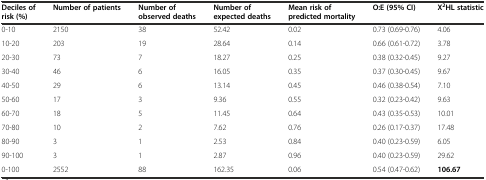
| Deciles of risk (%) | Number of patients | Number of observed deaths | Number of expected deaths | Mean risk of predicted mortality | O:E (95% CI) | X2HL statistic |
 | --- | --- | --- | --- | --- | --- | --- |
 | 0-10 | 2150 | 38 | 52.42 | 0.02 | 0.73 (0.69-0.76) | 4.06 |
 | 10-20 | 203 | 19 | 28.64 | 0.14 | 0.66 (0.61-0.72) | 3.78 |
 | 20-30 | 73 | 7 | 18.27 | 0.25 | 0.38 (0.32-0.45) | 9.27 |
 | 30-40 | 46 | 6 | 16.05 | 0.35 | 0.37 (0.30-0.45) | 9.67 |
 | 40-50 | 29 | 6 | 13.14 | 0.45 | 0.46 (0.38-0.54) | 7.10 |
 | 50-60 | 17 | 3 | 9.36 | 0.55 | 0.32 (0.23-0.42) | 9.63 |
 | 60-70 | 18 | 5 | 11.45 | 0.64 | 0.43 (0.35-0.53) | 10.01 |
 | 70-80 | 10 | 2 | 7.62 | 0.76 | 0.26 (0.17-0.37) | 17.48 |
 | 80-90 | 3 | 1 | 2.53 | 0.84 | 0.40 (0.23-0.59) | 6.05 |
 | 90-100 | 3 | 1 | 2.87 | 0.96 | 0.40 (0.23-0.59) | 29.62 |
 | 0-100 | 2552 | 88 | 162.35 | 0.06 | 0.54 (0.47-0.62) | 106.67 |